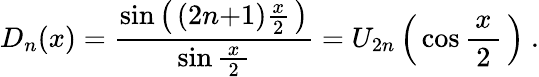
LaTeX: D_{n}(x)={\frac{\sin\left(\, (2n{+}1){\frac{x}{2}}\, \right)}{\sin{\frac{\, x\, }{2}}}}=U_{2n}\left(\, \cos{\frac{\, x\, }{2}}\, \right)~.